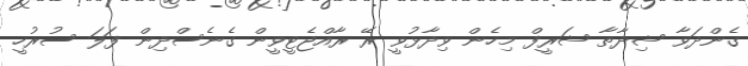
ގެންދަވާ ޝިދާތާ ޝަރީފް މިހެން ވިދާޅުވީ ރޭ ރާއްޖެޓީވީން ގެނެސްދިން ފަލަ ސުރުހީ